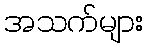
အသက်များ